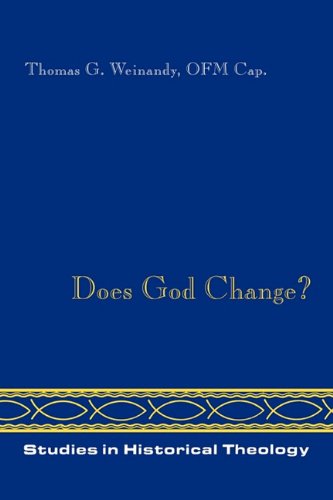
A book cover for Does God Change? (Studies in Historical Theology); Thomas Weinandy; Christian Books & Bibles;